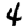
Digit: 4